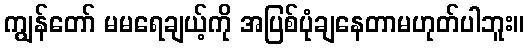
ကျွန်တော် မမရေချယ့်ကို အပြစ်ပုံချနေတာမဟုတ်ပါဘူး။